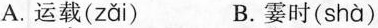
A.运载( zǎi ) B.霎时( shà )